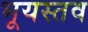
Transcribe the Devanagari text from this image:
भूयस्तव